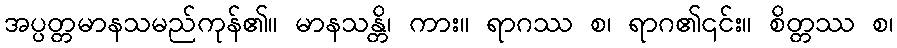
အပ္ပတ္တမာနသမည်ကုန်၏။ မာနသန္တိ၊ ကား။ ရာဂဿ စ၊ ရာဂ၏၎င်း။ စိတ္တဿ စ၊